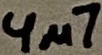
Text: 4µ7